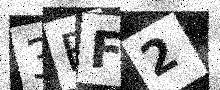
Text: 3BF2